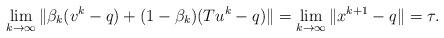
LaTeX: \begin{align*}\lim_{k \to \infty} \|\beta_k(v^k - q) + (1-\beta_k)(Tu^k -q) \| = \lim_{k \to \infty} \|x^{k+1} - q \| = \tau.\end{align*}